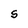
Character: S